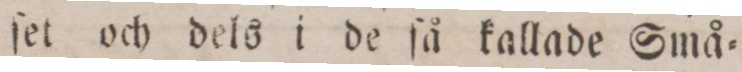
ſet och dels i de ſå kallade Små=